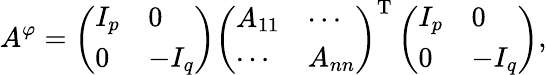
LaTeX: A^{\varphi}=\left({\begin{array}{ll}{I_{p}}&{0}\\ {0}&{-I_{q}}\end{array}}\right)\left({\begin{array}{ll}{A_{11}}&{\cdots}\\ {\cdots}&{A_{nn}}\end{array}}\right)^{\mathrm{T}}\left({\begin{array}{ll}{I_{p}}&{0}\\ {0}&{-I_{q}}\end{array}}\right),